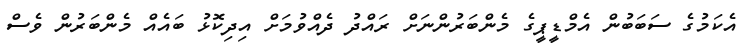
އެކަމުގެ ސަބަބުން އެމްޑީޕީގެ މެންބަރުންނަށް ރައްދު ދެއްވުމަށް އިދިކޮޅު ބައެއް މެންބަރުން ވެސް